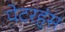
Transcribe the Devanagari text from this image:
पेटरहंस